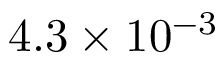
4 . 3 \times 1 0 ^ { - 3 }